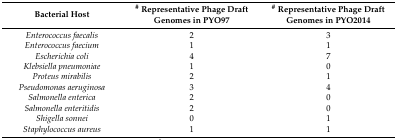
| Bacterial Host | # Representative Phage Draft Genomes in PYO97 | # Representative Phage Draft Genomes in PYO2014 |
 | --- | --- | --- |
 | Enterococcus faecalis | 2 | 3 |
 | Enterococcus faecium | 1 | 1 |
 | Escherichia coli | 4 | 7 |
 | Klebsiella pneumoniae | 1 | 0 |
 | Proteus mirabilis | 2 | 1 |
 | Pseudomonas aeruginosa | 3 | 4 |
 | Salmonella enterica | 2 | 0 |
 | Salmonella enteritidis | 2 | 0 |
 | Shigella sonnei | 0 | 1 |
 | Staphylococcus aureus | 1 | 1 |